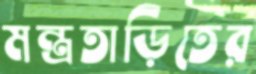
মন্ত্রতাড়িতের